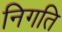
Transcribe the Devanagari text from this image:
निगति